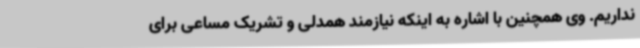
نداریم. وی همچنین با اشاره به اینکه نیازمند همدلی و تشریک مساعی برای